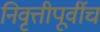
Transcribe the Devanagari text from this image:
निवृत्तीपूर्वीच